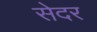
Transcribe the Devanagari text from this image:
सेदर